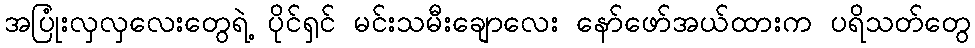
အပြုံးလှလှလေးတွေရဲ့ ပိုင်ရှင် မင်းသမီးချောလေး နော်ဖော်အယ်ထားက ပရိသတ်တွေ